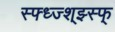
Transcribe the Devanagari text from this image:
स्फ्ध्ज्श्झ्स्फ्